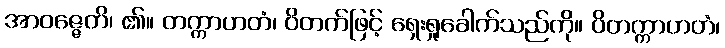
အာဝဇ္ဇေတိ၊ ၏။ တက္ကာဟတံ၊ ဝိတက်ဖြင့် ရှေးရှုခေါက်သည်ကို။ ဝိတက္ကာဟတံ၊